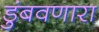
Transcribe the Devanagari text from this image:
डुंबवणारा